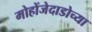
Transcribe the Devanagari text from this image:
मोहोंजेदाडोच्या